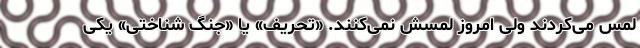
لمس می‌کردند ولی امروز لمسش نمی‌کنند. «تحریف» یا «جنگ شناختی» یکی